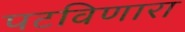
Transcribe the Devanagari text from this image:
पटविणारा